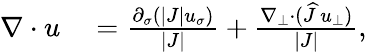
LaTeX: \begin{array}{rl}{\nabla\cdot{u}}&{{}=\frac{\partial_{\sigma}(|J|u_{\sigma})}{|J|}+\frac{\nabla_{\bot}\cdot(\widehat{J}\, u_{\bot})}{|J|},}\end{array}